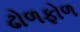
ઢોળફોળ